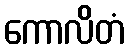
ကောလိတံ